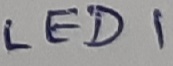
Text: LED1